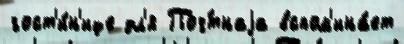
гост'и́н'ице дл'я Поч́тнаjа вспом'ина́ет